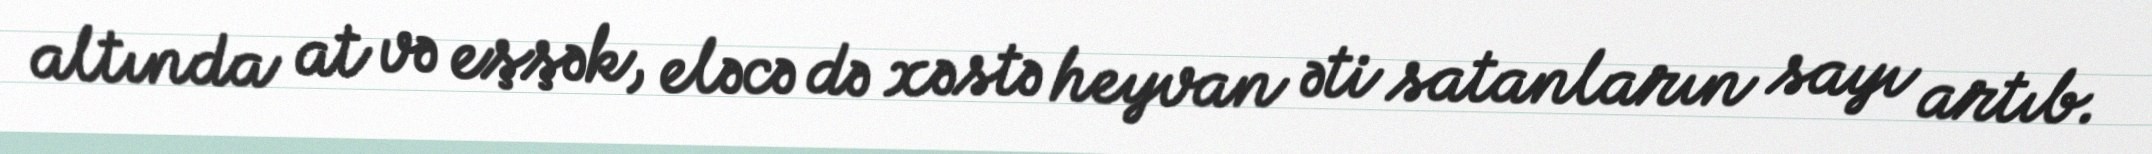
altında at və eşşək, eləcə də xəstə heyvan əti satanların sayı artıb.